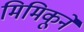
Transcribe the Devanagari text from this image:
मिमिकूने